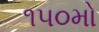
૧૫૦મો